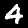
Label: 4